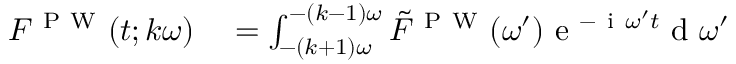
\begin{array} { r l } { F ^ { \mathrm { ~ P ~ W ~ } } ( t ; k \omega ) } & { { } = \int _ { - ( k + 1 ) \omega } ^ { - ( k - 1 ) \omega } \tilde { F } ^ { \mathrm { ~ P ~ W ~ } } ( \omega ^ { \prime } ) \mathrm { ~ e ~ } ^ { - \mathrm { ~ i ~ } \omega ^ { \prime } t } \mathrm { ~ d ~ } \omega ^ { \prime } } \end{array}